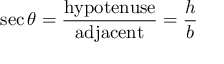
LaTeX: \sec \theta = { \frac { \mathrm { h y p o t e n u s e } } { \mathrm { a d j a c e n t } } } = { \frac { h } { b } }